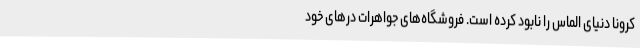
کرونا دنیای الماس را نابود کرده است. فروشگاه‌های جواهرات درهای خود